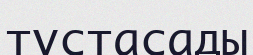
тұстасады